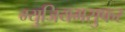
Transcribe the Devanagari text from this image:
म्युजियमसुफर